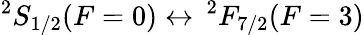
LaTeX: {}^{2}S_{1/2}(F=0)\leftrightarrow\, {}^{2}F_{7/2}(F=3)